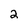
Character: 2